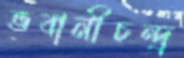
ভবানীচন্দ্র